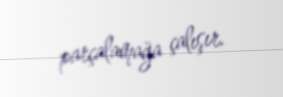
parçalamağa çalışır.